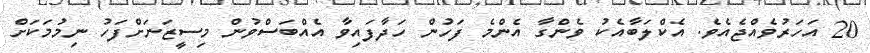
20 އަހަރުވެއްޖެއެވެ. އެކްލަބާއެކު ވެންގާ އެންމެ ފަހުން ހަދާފައިވާ އެއްބަސްވުން މިސީޒަނަށްފަހު ނިމުމަކަށް